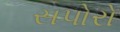
સપોરો